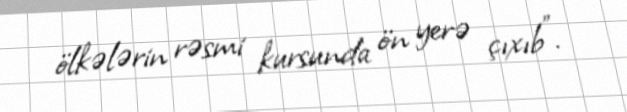
ölkələrin rəsmi kursunda ön yerə çıxıb”.